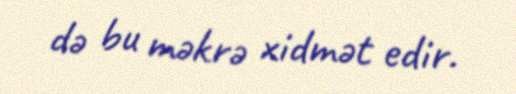
də bu məkrə xidmət edir.